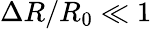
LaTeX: \Delta R/R_{0}\ll 1